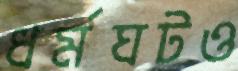
ধর্মঘটও